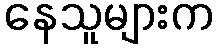
နေသူများက